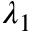
\lambda _ { 1 }